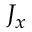
J _ { x }